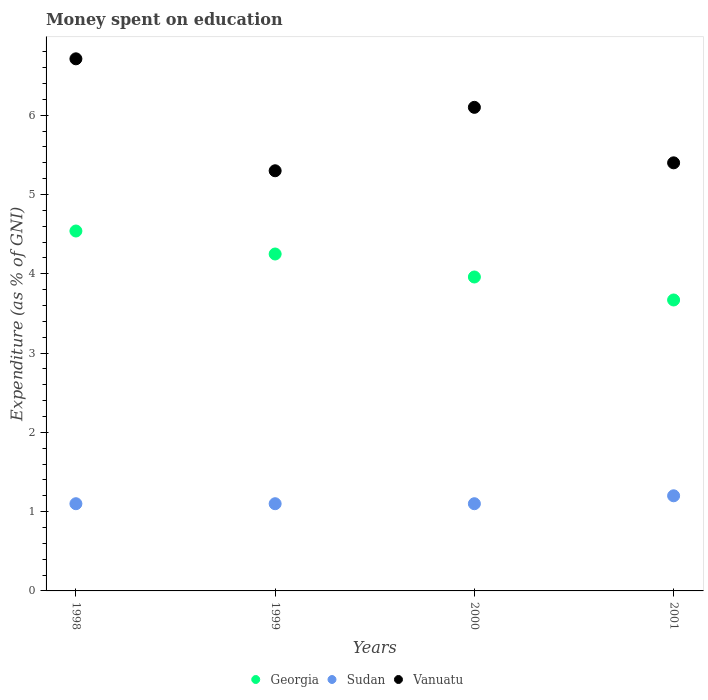
| Years | Georgia | Sudan | Vanuatu |
 | --- | --- | --- | --- |
 | 1998 | 4.54 | 1.1 | 6.71 |
 | 1999 | 4.25 | 1.1 | 5.3 |
 | 2000 | 3.96 | 1.1 | 6.1 |
 | 2001 | 3.67 | 1.2 | 5.4 |